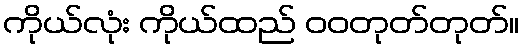
ကိုယ်လုံး ကိုယ်ထည် ဝဝတုတ်တုတ်။